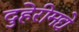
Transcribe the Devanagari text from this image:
दुहेरीमद्ये